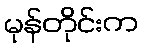
မုန်တိုင်းက